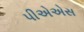
પીએએસ